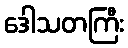
ဒေါသတကြီး